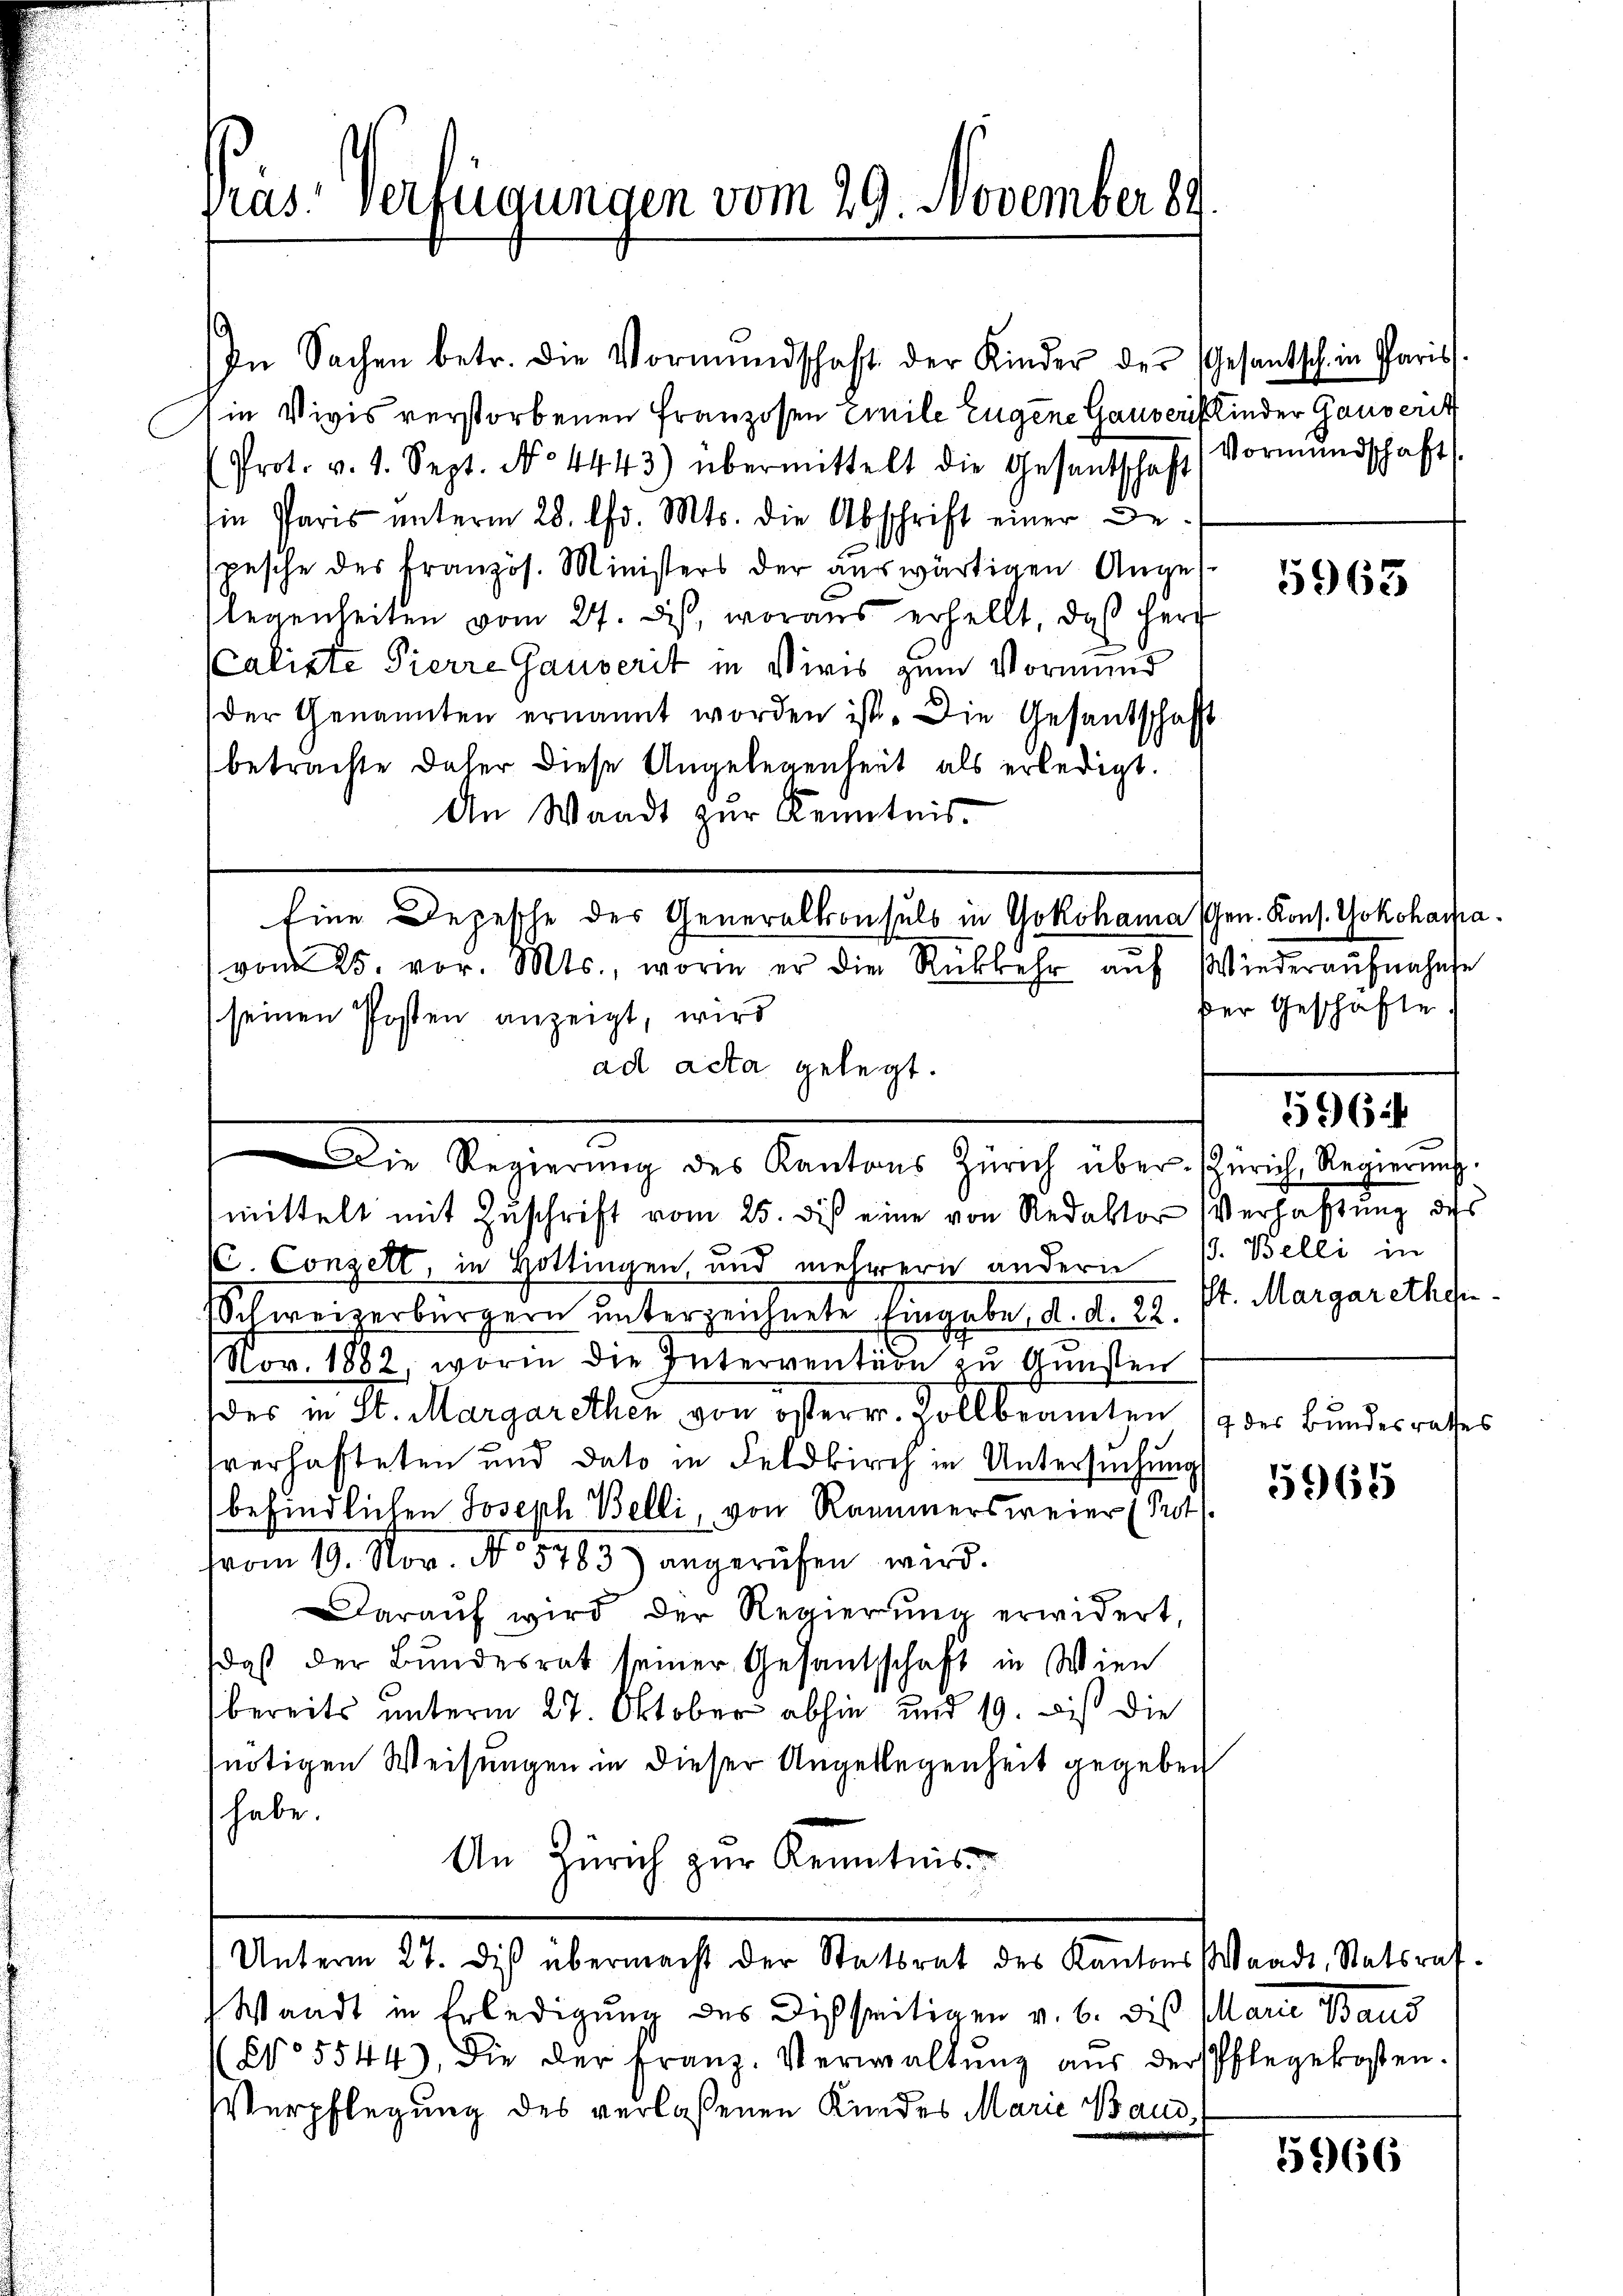
In Sachen betr. die Vormundschaft der Kinder der Gesantsch in Paris.
in Vivis verstorbenen Franzosen Emile Eugene Gauveris Kinder Gauverit
Prot. v. 1. Sept. No. 4443) übermittelt die Gesantschaft Vormŭndschaft
Ein Paris ŭnterm 28. Chr. Mts. die Abschrift einer Be-
spesche des Französ. Ministers der auswärtigen Angeslegenheiten vom 24. ds, woraus erhellt, daß Herz
Caliste Pierre Gauverit in Viris zum Vormund
der Genannten ernannt worden ist. Die Gesantschaft
betrachte daher diese Angelegenheit als erledigt.
An Waadt zur Kenntnis.
vom 25. vor. Mts., worin er die Rükkehr aŭf Wiederaŭfnahme
(seinen Posten anzeigt, wird
ad acta gelegt.
Die Regierung des Kantons Zürich über (Zürich, Regierung.
mittelt mit Zuschrift vom 25. des eine von Redaktor Verfaßung des
C. Conzell, in Hottingen, und mehrern andern (s. Belli in
Schweizerbürgern unterzeichnete Eingabe, d. d. 22.
Nov. 1882, worin die Intervention zu Gunsten
des in St. Margarethen von österr. Zollbeamten
sverhafteten und dato in Feldkirch in Untersuchung
befindlichen Joseph Belli von Rammersweier (Prot
vom 19. Nov. No. 5783) angerufen wird.
Daraŭf wird der Regierŭng erwidert,
daß der Bundesrat seiner Gesandschaft in Wien
bereits unterm 27. Oktober abhin und 19. bis die
nötigen Weisungen in dieser Angelegenheit gegeben
habe.
An Zürich zur Kenntnis
Unterm 27. Die übermacht der Statsrat des Kantons Waadt, Statsraf-
Waadt in Erledigung des Disseitigen v. 6. dis Marie Band
(No 5544), die der Franz. Verwaltŭng aŭs der Pflegekosten.
Verpflegung des verlassenen Kindes Marie Bau¬

pras verfügungen vom 29. November 89

Eine Depesche des Generalkonsuls in Yokohama Phen. Kons. Yokohampa

5963

der Geschäfte

56

St. Margarethen.
4 des Bundesrathes

5965

55966